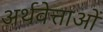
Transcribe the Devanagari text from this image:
अर्थवेत्ताओं